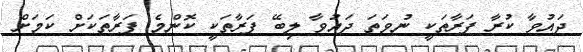
ދައުވާ ކުރާ ފަރާތަކީ ނުވަތަ ދައުވާ ލިބޭ ފަރާތަކީ ކޮންމެ ފަރާތަކަށް ކަމަށް